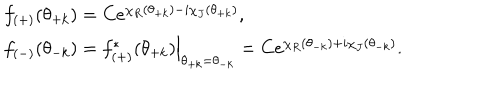
\begin{array} { l } { { f _ { ( + ) } ( \theta _ { + k } ) = C e ^ { \chi _ { R } ( \theta _ { + k } ) - i \chi _ { J } ( \theta _ { + k } ) } , } } \\ { { f _ { ( - ) } ( \theta _ { - k } ) = \left. f _ { ( + ) } ^ { * } ( \theta _ { + k } ) \right| _ { \theta _ { + k } = \theta _ { - k } } = C e ^ { \chi _ { R } ( \theta _ { - k } ) + i \chi _ { J } ( \theta _ { - k } ) } . } } \\ \end{array}